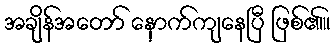
အချိန်အတော် နောက်ကျနေပြီ ဖြစ်၏။